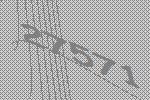
27571